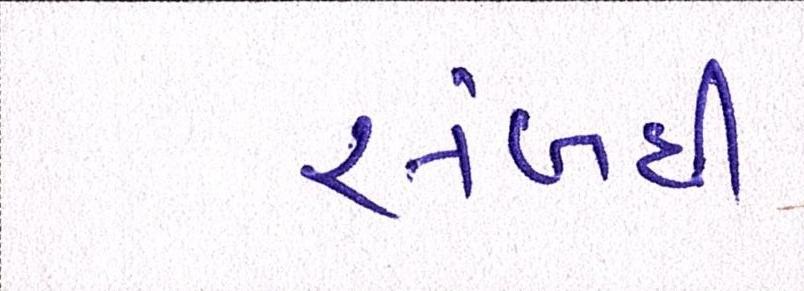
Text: સબંધી